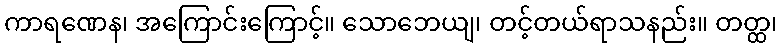
ကာရဏေန၊ အကြောင်းကြောင့်။ သောဘေယျ၊ တင့်တယ်ရာသနည်း။ တတ္ထ၊